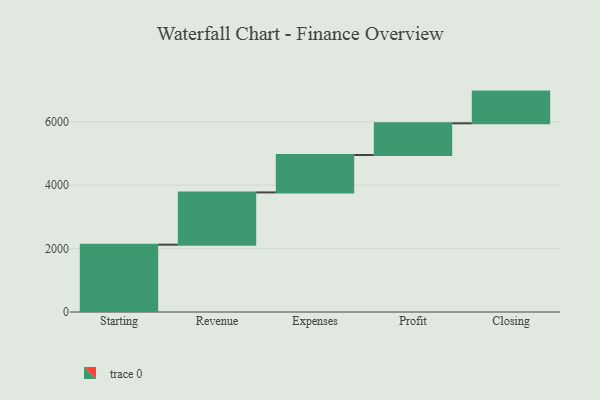
{"axis": {"x": "Step", "y": "Value"}, "legend": [""], "data": [{"x": "Starting", "y": 2123.0, "type": ""}, {"x": "Revenue", "y": 1648.0, "type": ""}, {"x": "Expenses", "y": 1179.0, "type": ""}, {"x": "Profit", "y": 1000, "type": ""}, {"x": "Closing", "y": 1000, "type": ""}]}